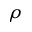
\rho